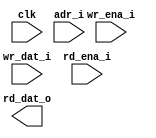
module prei_md_ram_sp_85x6 (
  clk         ,
  adr_i       ,
  wr_ena_i    , // low active
  wr_dat_i    ,
  rd_ena_i    , // low active
  rd_dat_o
  );

//*** PARAMETER DECLARATION ****************************************************

  parameter    ADR_WD                = 7              ;
  parameter    ADR                   = 85             ;
  parameter    DAT_WD                = 6              ;


//*** INPUT/OUTPUT DECLARATION *************************************************

  input                              clk              ;
  input      [ADR_WD       -1 :0]    adr_i            ;
  input                              wr_ena_i         ;
  input      [DAT_WD       -1 :0]    wr_dat_i         ;
  input                              rd_ena_i         ;
  output     [DAT_WD       -1 :0]    rd_dat_o         ;


//*** WIRE & REG DECLARATION ***************************************************
  wire       [8            -1 :0]    wr_dat_w         ;
  wire       [8            -1 :0]    rd_dat_w         ;
  wire                               cen_w            ;

  assign rd_dat_o = rd_dat_w[DAT_WD-1 :0] ;
  assign wr_dat_w = {2'b0, wr_dat_i};
  assign cen_w    = wr_ena_i && rd_ena_i ;

`ifdef RTL_MODEL
  ram_1p #(
      .Word_Width(  8   ),
      .Addr_Width(  7   )
      ) u_ram_1p(
      .clk    ( clk               ),
      .cen_i  ( cen_w             ),
      .oen_i  ( 1'b0              ),
      .wen_i  ( wr_ena_i          ),
      .addr_i ( adr_i             ),
      .data_i ( wr_dat_w          ),      
      .data_o ( rd_dat_w          )           
  );

`endif

`ifdef XM_MODEL 
  rfsphd_85x8 u_rfsphd_85x8(
      .Q      ( rd_dat_w          ), // output data 
      .CLK    ( clk               ), // clk 
      .CEN    ( cen_w             ), // low active 
      .WEN    ( wr_ena_i          ), // low active 
      .A      ( adr_i             ), // address 
      .D      ( wr_dat_w          ), // input data 
      .EMA    ( 3'b1 ),  
      .EMAW   ( 2'b0 ),
      .RET1N  ( 1'b1 ) 
        );
`endif

endmodule